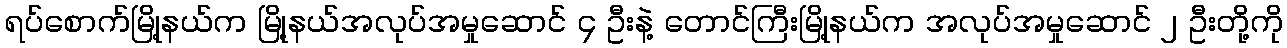
ရပ်စောက်မြို့နယ်က မြို့နယ်အလုပ်အမှုဆောင် ၄ ဦးနဲ့ တောင်ကြီးမြို့နယ်က အလုပ်အမှုဆောင် ၂ ဦးတို့ကို